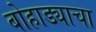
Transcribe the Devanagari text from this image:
बोहाड्याचा